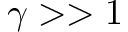
\gamma > > 1